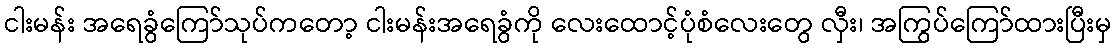
ငါးမန်း အရေခွံကြော်သုပ်ကတော့ ငါးမန်းအရေခွံကို လေးထောင့်ပုံစံလေးတွေ လှီး၊ အကြွပ်ကြော်ထားပြီးမှ